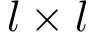
l \times l